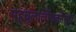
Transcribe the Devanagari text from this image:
महचूलालोंगकोर्नर